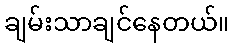
ချမ်းသာချင်နေတယ်။